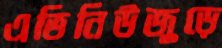
এভিনিউজুড়ে